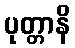
ပုတ္တာနိ